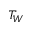
T _ { W }